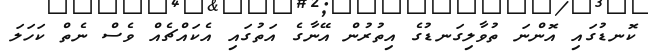
ކޮނޑުގައި އޮންނަ ތުވާލިގަނޑުގެ އިތުރުން އޭނާގެ އަތުގައި އެކައްޗެއް ވެސް ނެތް ކަހަލަ